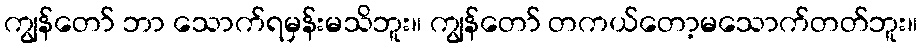
ကျွန်တော် ဘာ သောက်ရမှန်းမသိဘူး။ ကျွန်တော် တကယ်တော့မသောက်တတ်ဘူး။